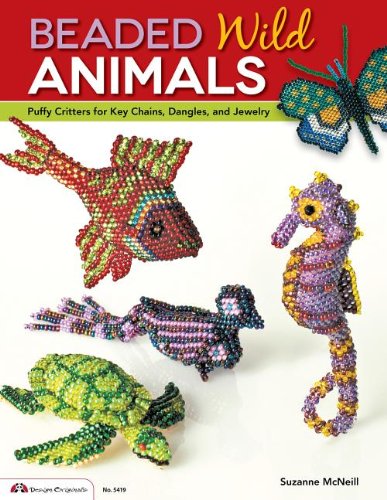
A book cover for Beaded Wild Animals: Puffy Critters for Key Chains, Dangles, and Jewelry (Design Originals); Suzanne McNeill; Crafts, Hobbies & Home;